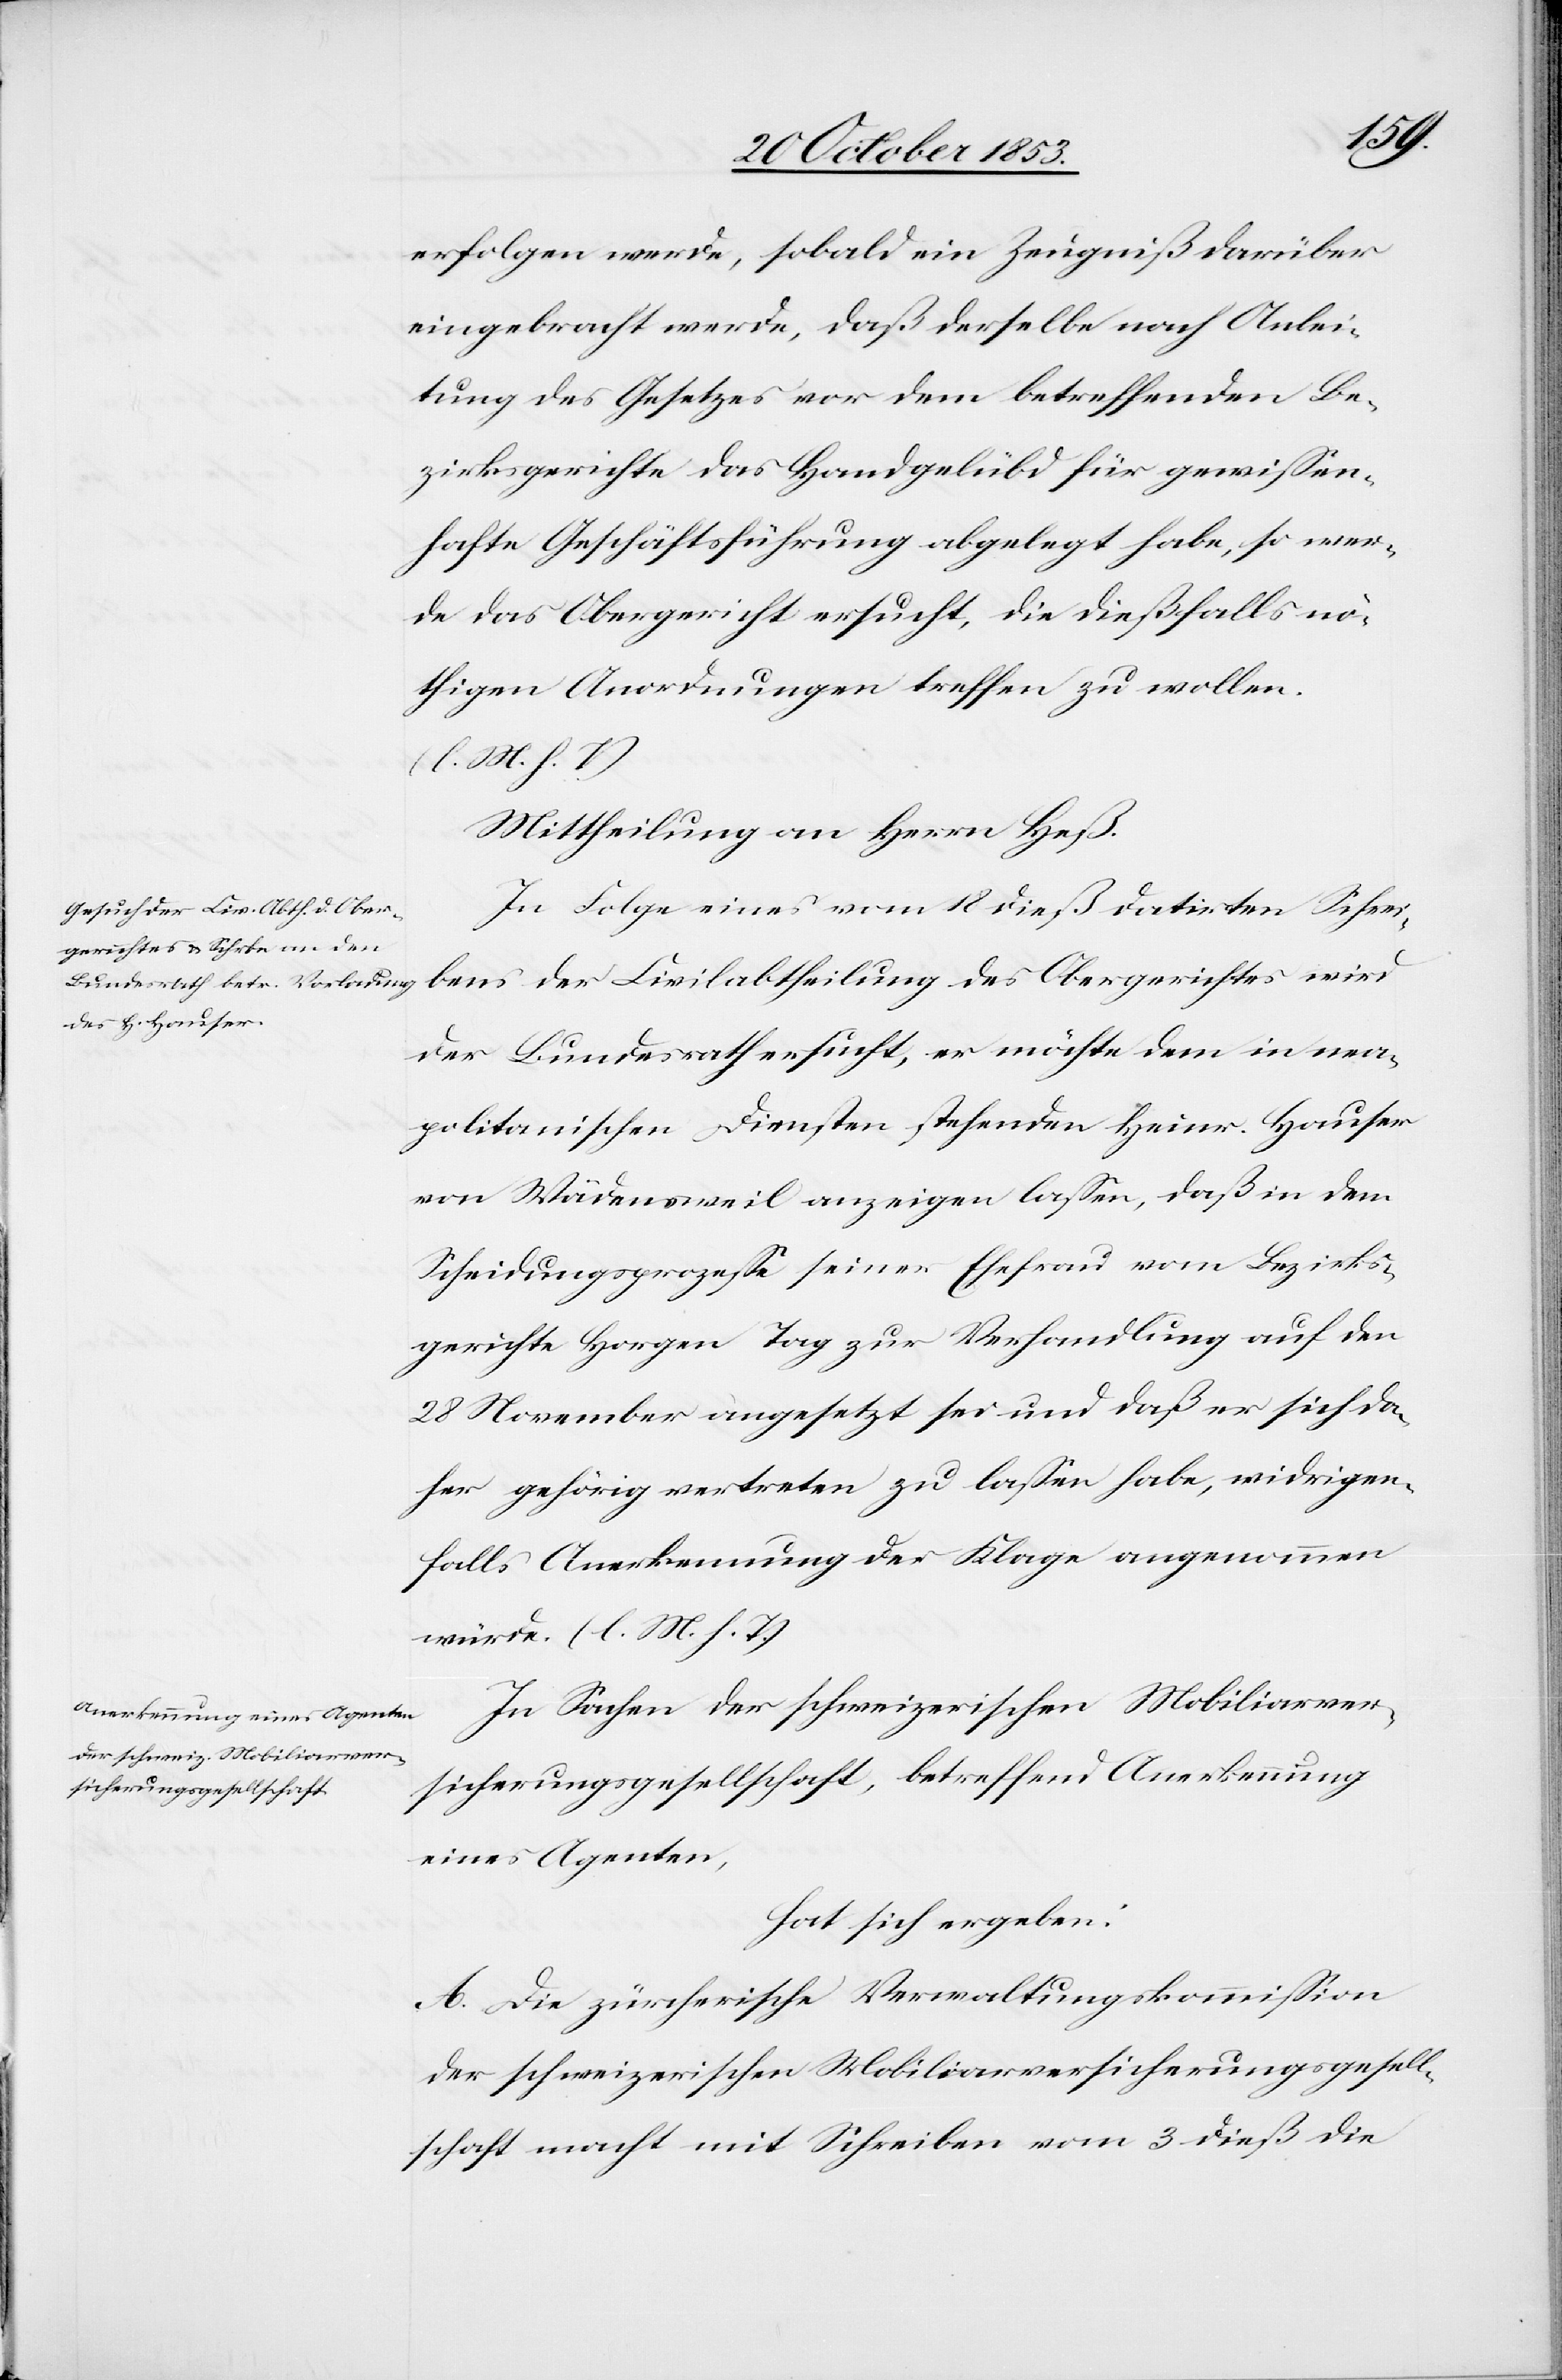
erfolgen werde, sobald ein Zeugniß darüber
eingebracht werde, daß derselbe nach Anlei¬
tung des Gesetzes vor dem betreffenden Be¬
zirksgerichte das Handgelübd für gewißen¬
hafte Geschäftsführung abgelegt habe, so wer¬
de das Obergericht ersucht, die dießfalls nö¬
thigen Anordnungen treffen zu wollen.
[l. M. h. T]
Mittheilung an Herrn Heß.
In Folge eines vom 18 dieß datirten Schrei¬
bens der Civilabtheilung des Obergerichtes wird
der Bundesrath ersucht, er möchte dem in nea¬
politanischen Diensten stehenden Heinr. Hauser
von Wädensweil anzeigen laßen, daß in dem
Scheidungsprozeße seiner Ehefrau vom Bezirks¬
gerichte Horgen Tag zur Verhandlung auf den
28 November angesetzt sei und daß er sich da¬
her gehörig vertreten zu laßen habe, widrigen¬
falls Anerkennung der Klage angenommen
würde. [l. M. h. T]
In Sachen der schweizerischen Mobiliarver¬
sicherungsgesellschaft, betreffend Anerkennung
eines Agenten,
hat sich ergeben:
A. Die zürcherische Verwaltungskommißion
der schweizerischen Mobiliarversicherungsgesell¬
schaft macht mit Schreiben vom 3 dieß die